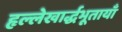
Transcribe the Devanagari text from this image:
हृल्लेखार्द्धभूतायाँ